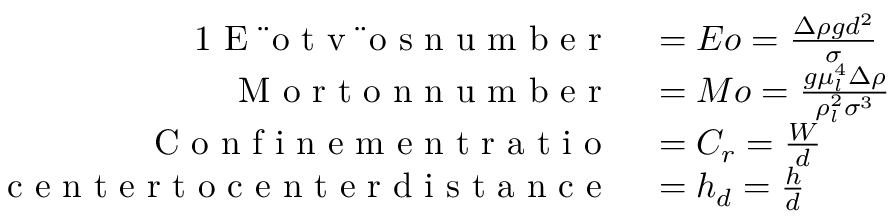
\begin{array} { r l } { { 1 } \mathrm { ~ E ~ \" ~ o ~ t ~ v ~ \" ~ o ~ s ~ n ~ u ~ m ~ b ~ e ~ r ~ } } & { { } = E o = \frac { \Delta \rho g d ^ { 2 } } { \sigma } } \\ { \mathrm { ~ M ~ o ~ r ~ t ~ o ~ n ~ n ~ u ~ m ~ b ~ e ~ r ~ } } & { { } = M o = \frac { g \mu _ { l } ^ { 4 } \Delta \rho } { \rho _ { l } ^ { 2 } \sigma ^ { 3 } } } \\ { \mathrm { ~ C ~ o ~ n ~ f ~ i ~ n ~ e ~ m ~ e ~ n ~ t ~ r ~ a ~ t ~ i ~ o ~ } } & { { } = C _ { r } = \frac { W } { d } } \\ { \mathrm { ~ c ~ e ~ n ~ t ~ e ~ r ~ t ~ o ~ c ~ e ~ n ~ t ~ e ~ r ~ d ~ i ~ s ~ t ~ a ~ n ~ c ~ e ~ } } & { { } = h _ { d } = \frac { h } { d } } \end{array}